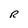
Character: R